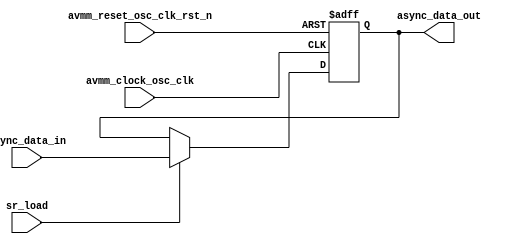
// SPDX-License-Identifier: Apache-2.0
// Copyright (C) 2019 Intel Corporation. 
module hdpldadapt_avmm_async_update (
input  wire  avmm_clock_osc_clk,
input  wire  avmm_reset_osc_clk_rst_n,
input  wire  async_data_in,
input  wire  sr_load,

output reg  async_data_out 
);


always @(negedge avmm_reset_osc_clk_rst_n or posedge avmm_clock_osc_clk)
  if (avmm_reset_osc_clk_rst_n == 1'b0)
    begin
      async_data_out <= 1'b0;
    end
  else
    begin
      async_data_out <= sr_load ? async_data_in : async_data_out;
    end



endmodule